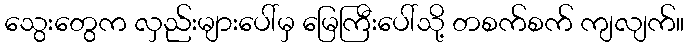
သွေးတွေက လှည်းများပေါ်မှ မြေကြီးပေါ်သို့ တစက်စက် ကျလျက်။